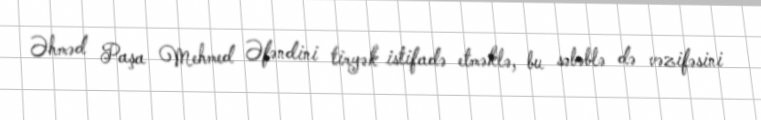
Əhməd Paşa Mehmed Əfəndini tiryək istifadə etməklə, bu səbəblə də vəzifəsini